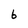
Character: b